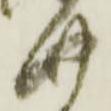
四